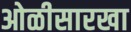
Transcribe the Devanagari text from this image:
ओळीसारखा